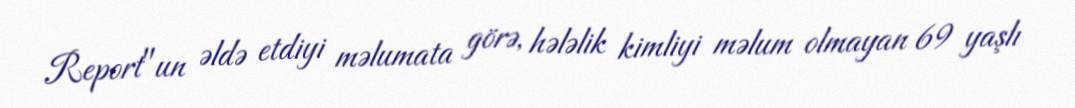
Report"un əldə etdiyi məlumata görə, hələlik kimliyi məlum olmayan 69 yaşlı